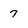
Character: 7